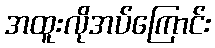
အထူးလိုအပ်ကြောင်း